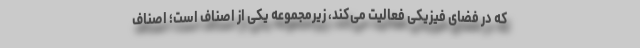
که در فضای فیزیکی فعالیت می‌کند، زیرمجموعه یکی از اصناف است؛ اصناف